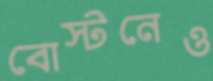
বোস্টনেও